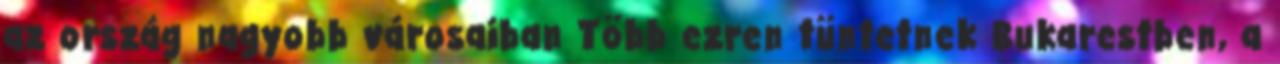
az ország nagyobb városaiban Több ezren tüntetnek Bukarestben, a